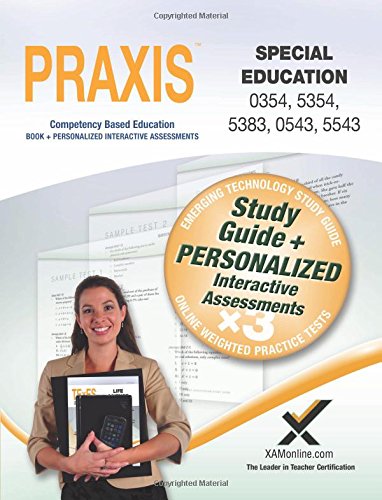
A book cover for PRAXIS Special Education 0354/5354, 5383, 0543/5543 Book and Online; Sharon Wynne; Test Preparation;